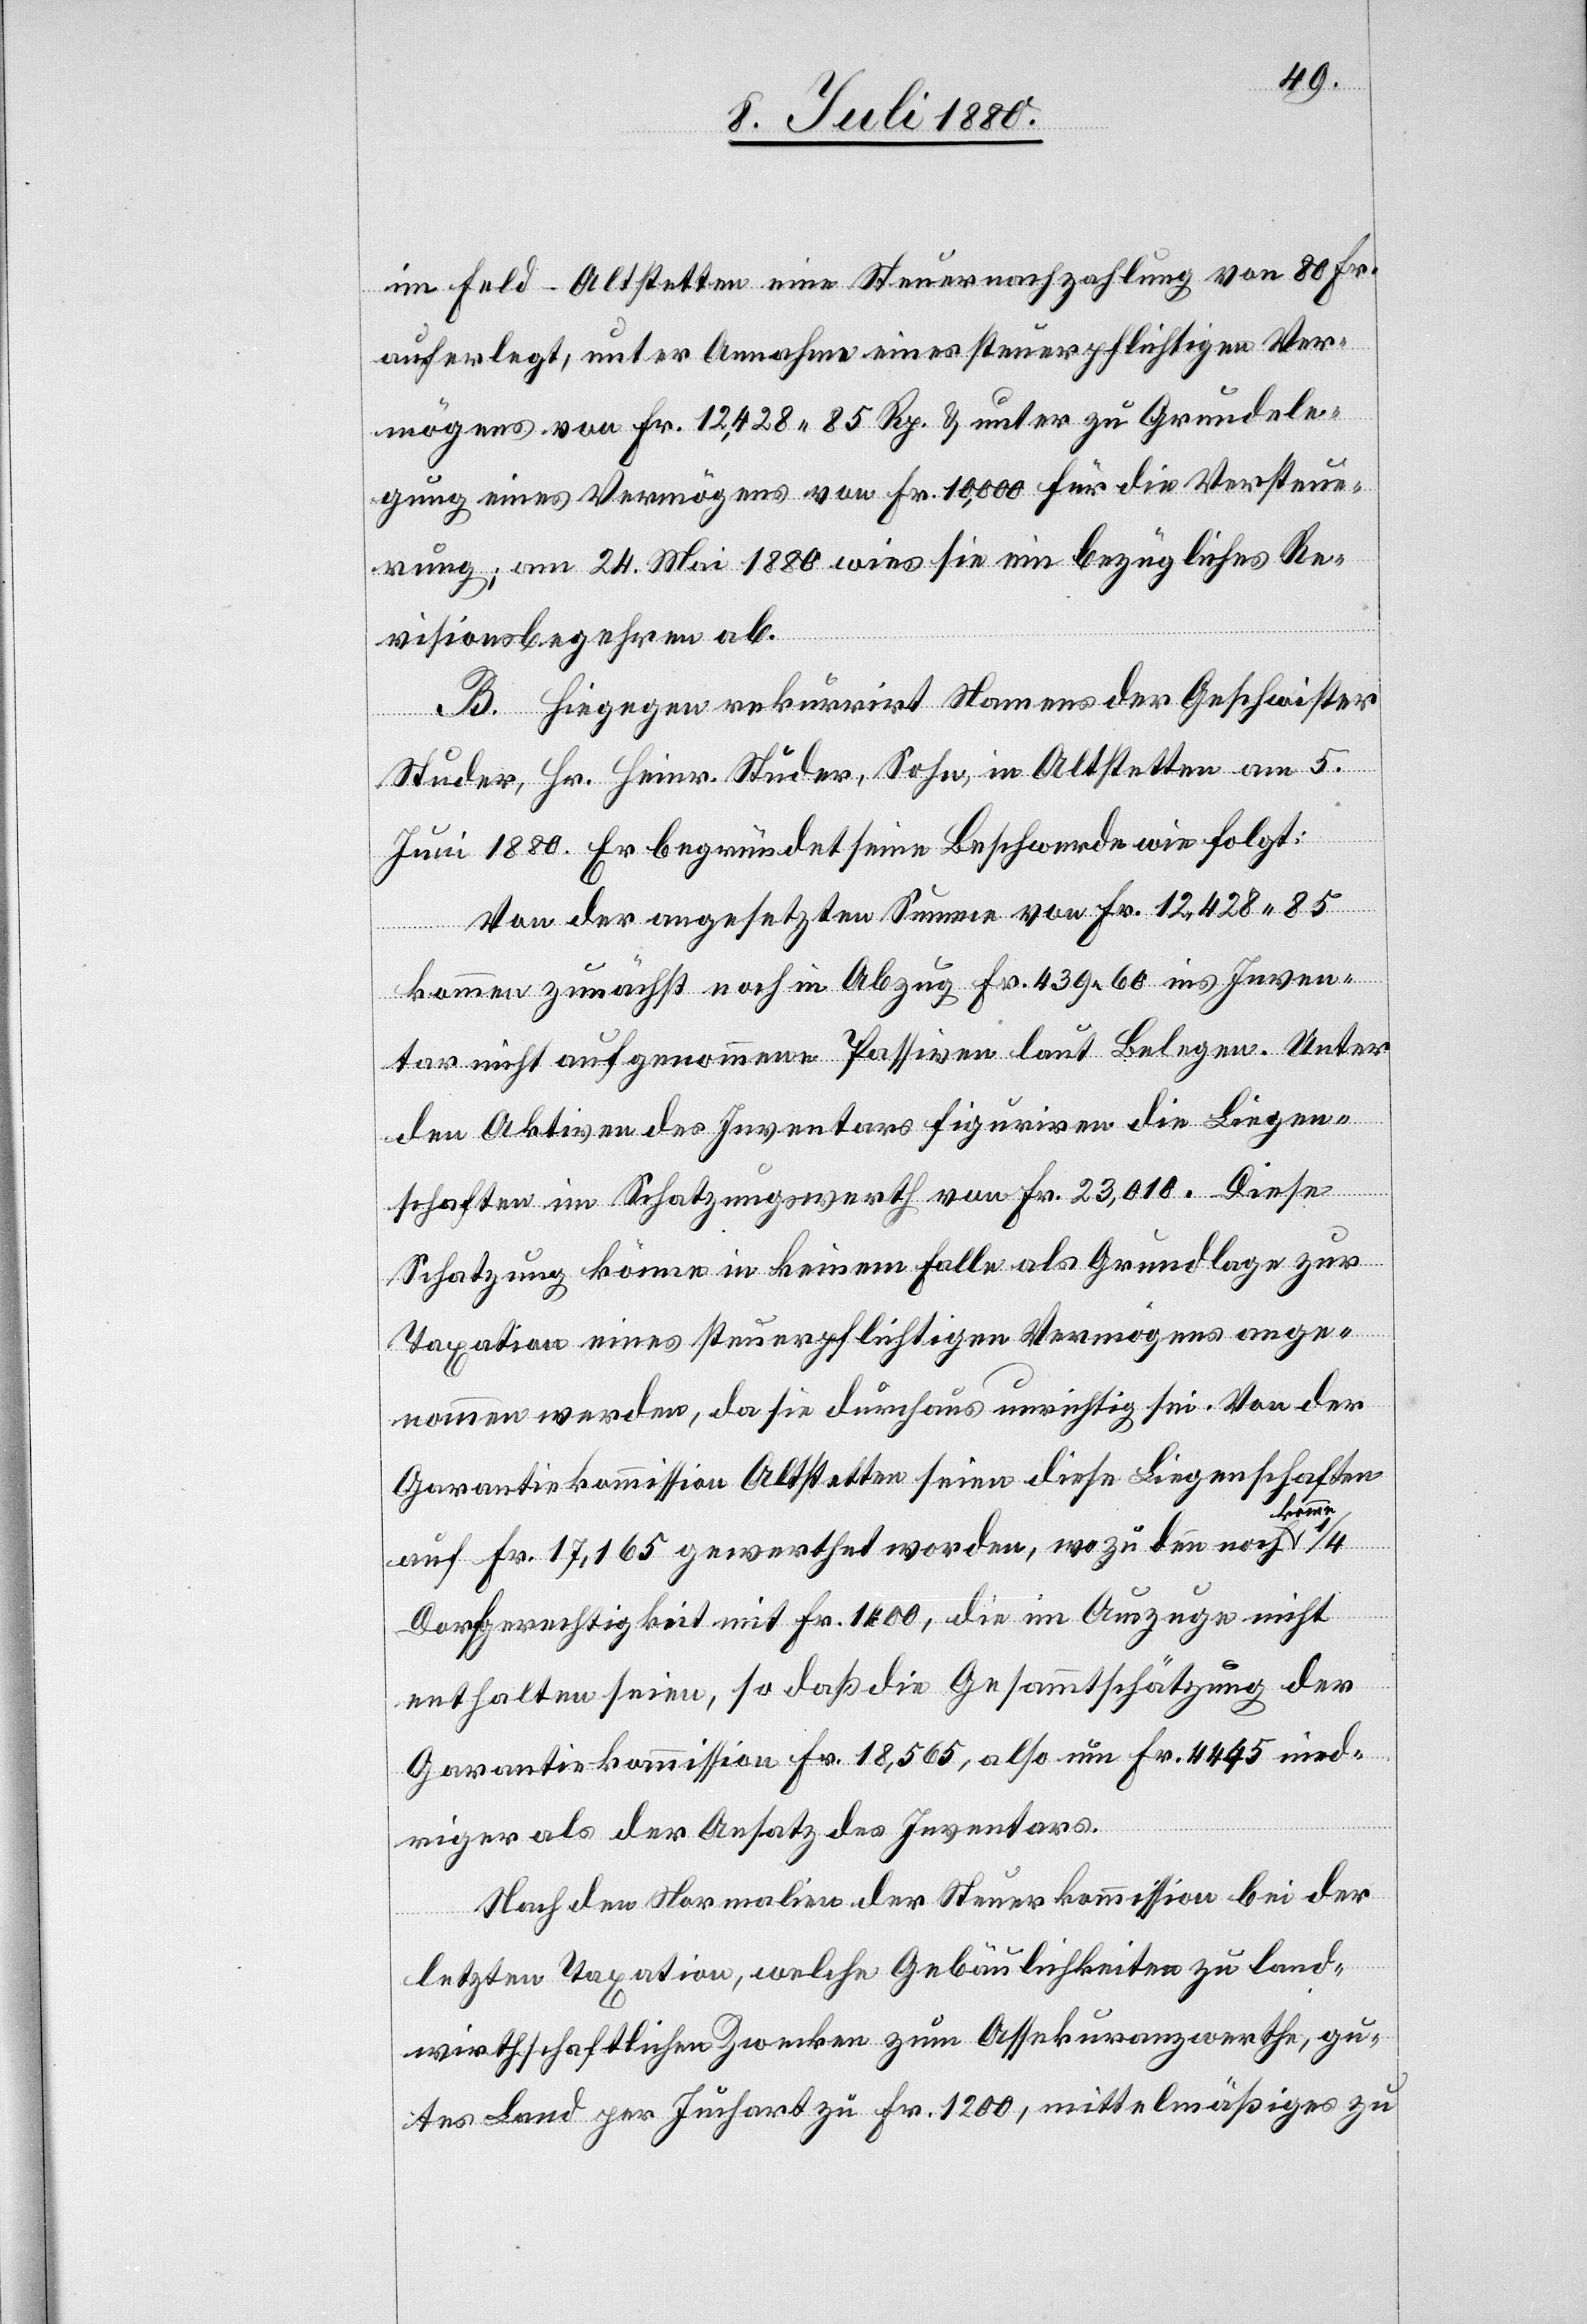
im Feld - Altstetten eine Steuernachzahlung von 80 Fr.
auferlegt, unter Annahme eines steuerpflichtigen Ver¬
mögens von Fr. 12,428 85 Rp. & unter zu Grundele¬
gung eines Vermögens von Fr. 10,000 für die Versteue¬
rung; am 24. Mai 1880 wies sie ein bezügliches Re¬
visionsbegehren ab.
B. Hiegegen rekurrirt Namens der Geschwister
Studer, Hr. Heinr. Studer, Sohn, in Altstetten am 5.
Juni 1880. Er begründet seine Beschwerde wie folgt:
Von der angesetzten Summe von Fr. 12,428 85
kommen zunächst noch in Abzug Fr. 439 60 ins Inven¬
tar nicht aufgenommene Passiven laut Belegen. Unter
den Aktiven des Inventars figuriren die Liegen¬
komme
schaften im Schatzungswerth von Fr. 23,010. Diese
Schatzung könne in keinem Falle als Grundlage zur
Taxation eines steuerpflichtigen Vermögens ange¬
nommen werden, da sie durchaus umsichtig sei. Von der
Garantiekomission Altstetten seien diese Liegenschaften
auf Fr. 17,165 gewerthet worden, wozu denn noch
Dorfgerechtigkeit mit Fr. 1400, die im Auszuge nicht
enthalten seien, so daß die Gesammtschätzung der
Garantiekommission Fr. 18,565, also um Fr. 4445 nied¬
riger als der Ansatz des Inventars.
Nach den Normalien der Steuerkommission bei der
letzten Taxation, welche Gebäulichkeiten zu land¬
wirthschaftlichen Zwecken zum Assekuranzwerth, gu¬
tes Land per Juchart zu Fr. 1200, mittelmäßiges zu